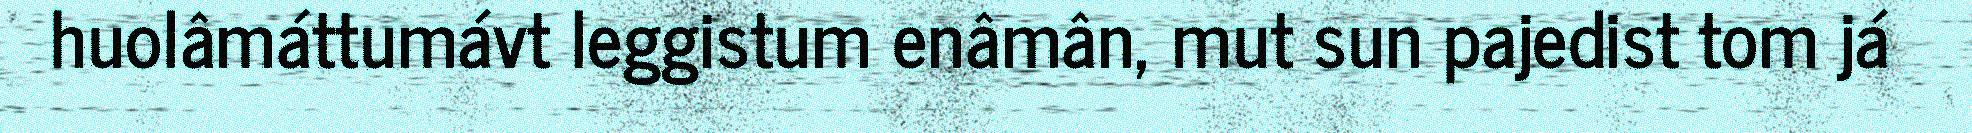
huolâmáttumávt leggistum enâmân, mut sun pajedist tom já